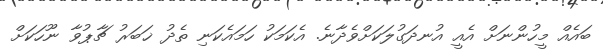
ބައެއް މީހުންނަށް އެއީ އުނދަގުލަކަށްވެދާނެ. އެކަމަކު ހަމައެކަނި ތެދު ޚަބަރު ޗާޕުވާ ނޫހަކަށް